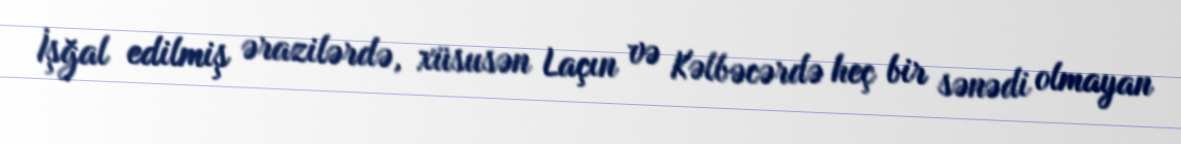
İşğal edilmiş ərazilərdə, xüsusən Laçın və Kəlbəcərdə heç bir sənədi olmayan